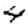
Digit: 4